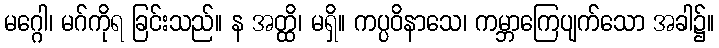
မဂ္ဂေါ၊ မဂ်ကိုရ ခြင်းသည်။ န အတ္ထိ၊ မရှိ။ ကပ္ပဝိနာသေ၊ ကမ္ဘာကြေပျက်သော အခါ၌။